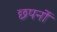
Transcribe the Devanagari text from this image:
छपनों